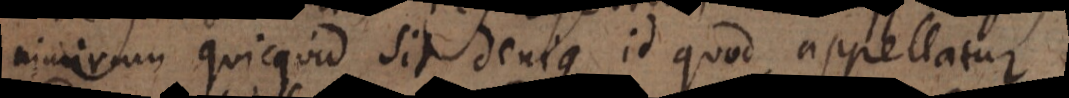
nimirum quicquid sit denique id quod appellatur